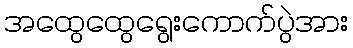
အထွေထွေရွေးကောက်ပွဲအား